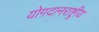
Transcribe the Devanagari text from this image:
योगदानराष्ट्रीय